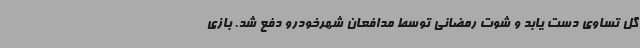
گل تساوی دست یابد و شوت رمضانی توسط مدافعان شهرخودرو دفع شد. بازی